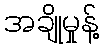
အချိုမှုန့်